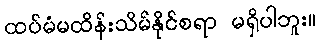
ထပ်မံမထိန်းသိမ်နိုင်စရာ မရှိပါဘူး။